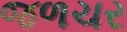
જળચર